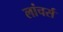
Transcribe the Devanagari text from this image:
लांचर्स